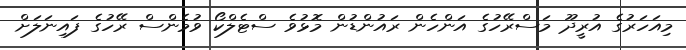
މިއަހަރުގެ އުރީދޫ މަސްރޭހުގެ އަންހެން ރައުންޑުން މޮޅުވެ ސްޓެލްކޯ ވުމެންސް ރޭހުގެ ފައިނަލަށް